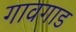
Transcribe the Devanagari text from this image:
गावगाड